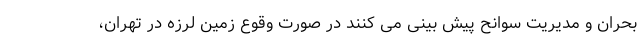
بحران و مدیریت سوانح پیش بینی می کنند در صورت وقوع زمین لرزه در تهران،